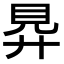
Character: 𧠋